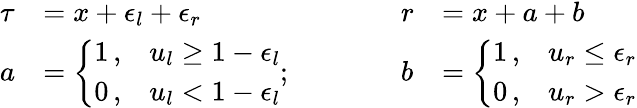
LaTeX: \begin{array}{llll}{\tau}&{=x+\epsilon_{l}+\epsilon_{r}}&{r}&{=x+a+b}\\ {a}&{=\left\{ \begin{array}{ll}{1\, ,}&{u_{l}\geq 1-\epsilon_{l}}\\ {0\, ,}&{u_{l}<1-\epsilon_{l}}\end{array}\right.;\quad\quad\quad}&{b}&{=\left\{ \begin{array}{ll}{1\, ,}&{u_{r}\leq\epsilon_{r}}\\ {0\, ,}&{u_{r}>\epsilon_{r}}\end{array}\right.}\end{array}